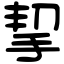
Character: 挈